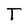
Character: T